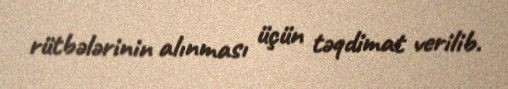
rütbələrinin alınması üçün təqdimat verilib.